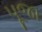
પૂજા